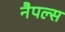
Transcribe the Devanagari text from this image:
नैपल्स